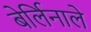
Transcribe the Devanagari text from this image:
बेर्लिनाले